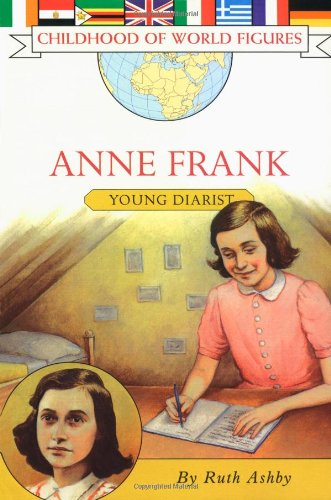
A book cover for Anne Frank (Childhood of World Figures); Ruth Ashby; Children's Books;